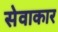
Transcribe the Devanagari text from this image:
सेवाकार